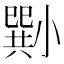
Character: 𡮭